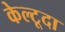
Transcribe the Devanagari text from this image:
केल्टूदा